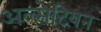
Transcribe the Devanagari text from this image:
अल्सेटियन